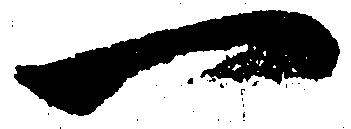
一